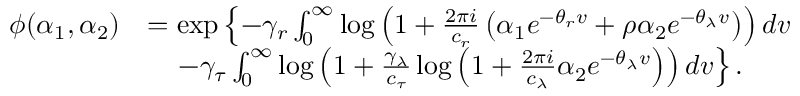
\begin{array} { r l } { \phi ( \alpha _ { 1 } , \alpha _ { 2 } ) } & { = \exp \left\lbrace - \gamma _ { r } \int _ { 0 } ^ { \infty } \log \left( 1 + \frac { 2 \pi i } { c _ { r } } \left( \alpha _ { 1 } e ^ { - \theta _ { r } v } + \rho \alpha _ { 2 } e ^ { - \theta _ { \lambda } v } \right) \right) d v \right. } \\ & { \ \ \ \left. - \gamma _ { \tau } \int _ { 0 } ^ { \infty } \log \left( 1 + \frac { \gamma _ { \lambda } } { c _ { \tau } } \log \left( 1 + \frac { 2 \pi i } { c _ { \lambda } } \alpha _ { 2 } e ^ { - \theta _ { \lambda } v } \right) \right) d v \right\rbrace . } \end{array}